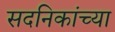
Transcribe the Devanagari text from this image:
सदनिकांच्या